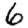
Digit: 6